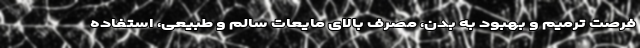
فرصت ترمیم و بهبود به بدن، مصرف بالای مایعات سالم و طبیعی، استفاده